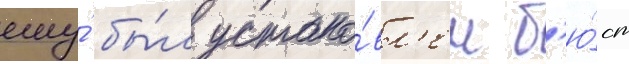
ему́ бы́л устано́вл'ен б'ю́ст